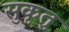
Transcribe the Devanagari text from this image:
सुकृतु